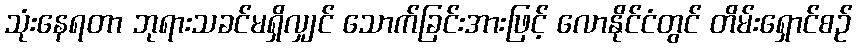
သုံးနေရတာ ဘုရားသခင်မရှိလျှင် သောက်ခြင်းအားဖြင့် လောနိုင်ငံတွင် တိမ်းရှောင်စဉ်